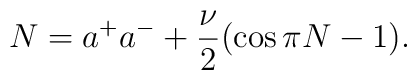
N=a^{+}a^{-}+\frac{\nu}{2}(\cos\pi N -1).